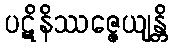
ပဋိနိဿဇ္ဇေယျန္တိ